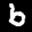
Label: 6